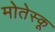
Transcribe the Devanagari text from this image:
मोतेस्कू